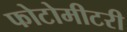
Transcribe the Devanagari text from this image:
फोटोमीटरी